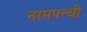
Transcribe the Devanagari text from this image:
नरमपन्थी